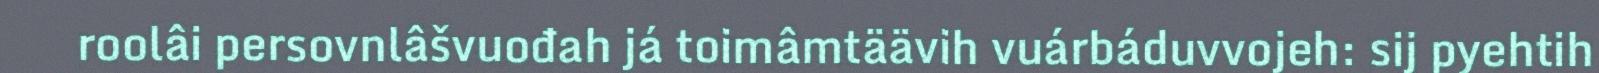
roolâi persovnlâšvuođah já toimâmtäävih vuárbáduvvojeh: sij pyehtih